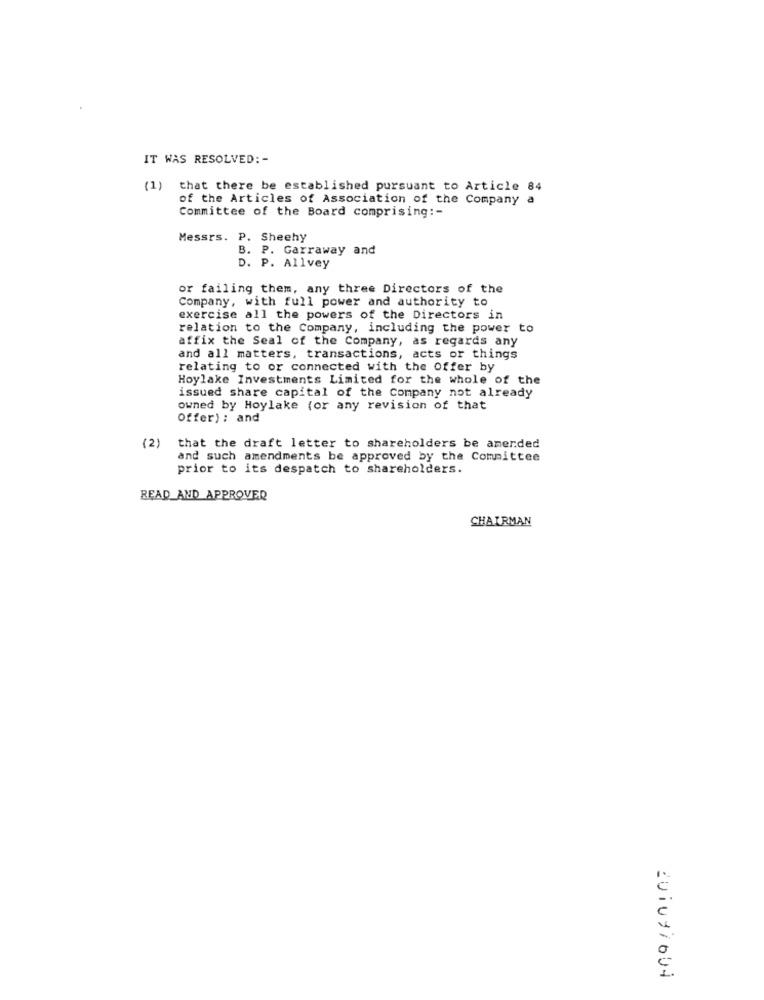
IT WAS RESOLVED: -
(1) that there be established pursuant to Article 84
of the Articles of Association of the Company a
Committee of the Board comprising :-
Messrs. P. Sheehy
B. P. Garraway and
D. P. Allvey
or failing them, any three Directors of the
Company, with full power and authority to
exercise all the powers of the Directors in
relation to the Company, including the power to
affix the Seal of the Company, as regards any
and all matters, transactions, acts or things
relating to or connected with the Offer by
Hoylake Investments Limited for the whole of the
issued share capital of the Company not already
owned by Hoylake (or any revision of that
Offer): and
(2)
that the draft letter to shareholders be amerded
and such amendments be approved by the Committee
prior to its despatch to shareholders.
READ AND APPROVED
CHAIRMAN
zuiuriout